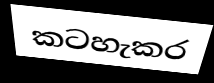
කටහැකර